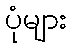
ပုံများ